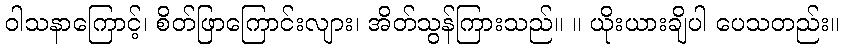
ဝါသနာကြောင့်၊ စိတ်ဖြာကြောင်းလျား၊ အိတ်သွန်ကြားသည်။ ။ ယိုးယားချိပါ ပေသတည်း။